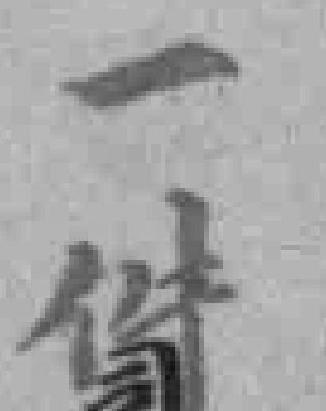
一件